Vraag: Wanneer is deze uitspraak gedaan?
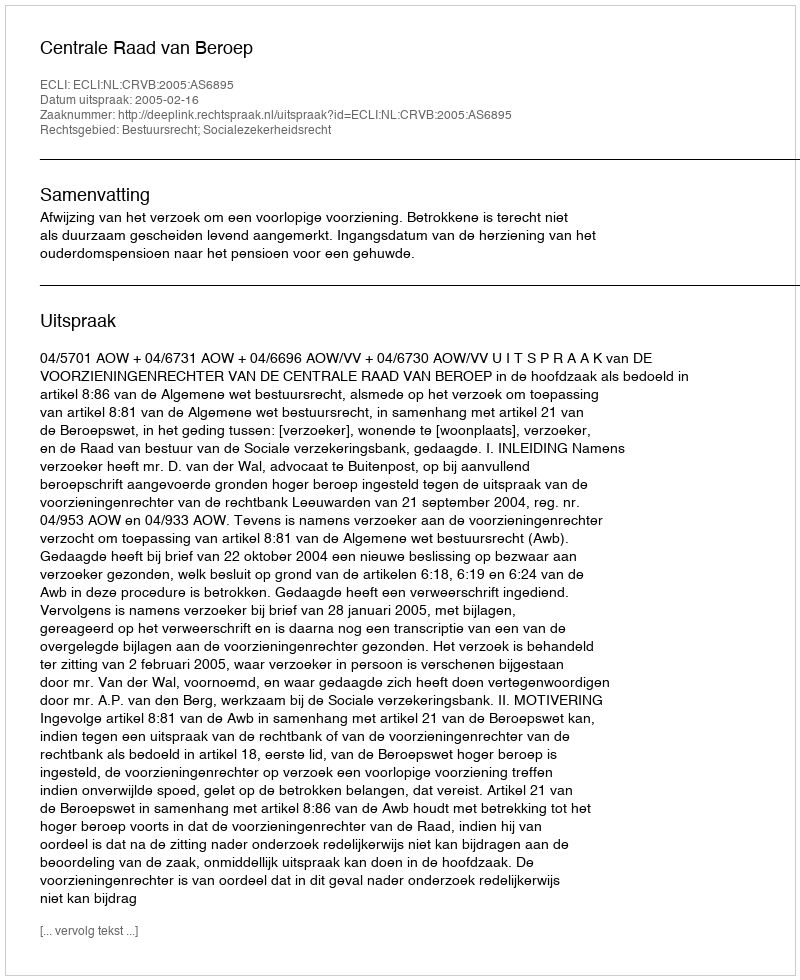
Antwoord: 2005-02-16